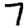
Digit: 7